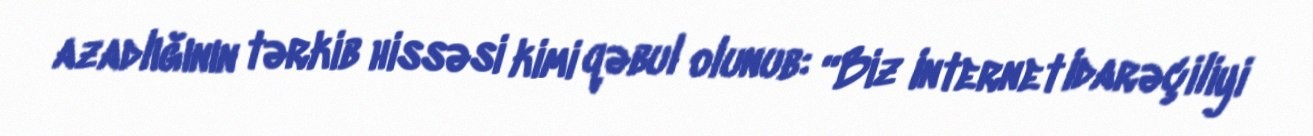
azadlığının tərkib hissəsi kimi qəbul olunub: “Biz Internet Idarəçiliyi